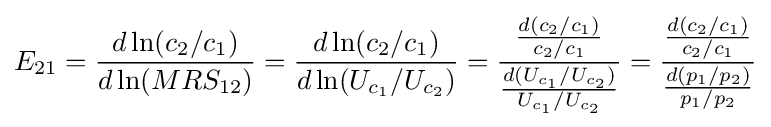
E_{21}={\frac {d\ln(c_{2}/c_{1})}{d\ln(MRS_{12})}}={\frac {d\ln(c_{2}/c_{1})}{d\ln(U_{c_{1}}/U_{c_{2}})}}={\frac {\frac {d(c_{2}/c_{1})}{c_{2}/c_{1}}}{\frac {d(U_{c_{1}}/U_{c_{2}})}{U_{c_{1}}/U_{c_{2}}}}}={\frac {\frac {d(c_{2}/c_{1})}{c_{2}/c_{1}}}{\frac {d(p_{1}/p_{2})}{p_{1}/p_{2}}}}